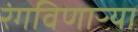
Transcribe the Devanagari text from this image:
रंगविणाऱ्या